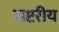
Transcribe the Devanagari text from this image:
राष्टरीय